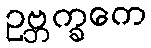
ဥဗ္ဘက္ခကေ